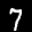
Label: 7